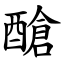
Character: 䤌